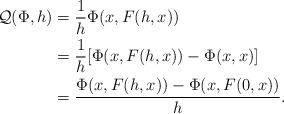
LaTeX: \begin{align*}\mathcal{Q}(\Phi,h) &= \frac{1}{h}\Phi(x,F(h,x))\\&= \frac{1}{h} [\Phi(x,F(h,x))-\Phi(x,x)]\\&= \frac{\Phi(x,F(h,x))-\Phi(x,F(0,x))}{h}.\end{align*}